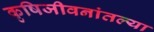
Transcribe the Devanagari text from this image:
कृषिजीवनांतल्या